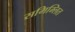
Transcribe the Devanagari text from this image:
समिम्लित